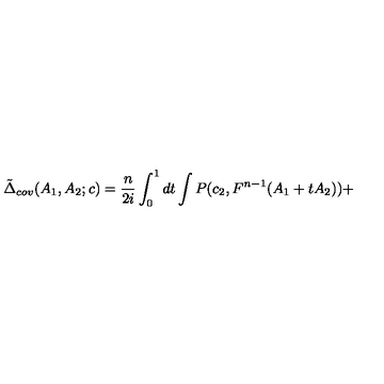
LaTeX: \tilde { \Delta } _ { c o v } ( A _ { 1 } , A _ { 2 } ; c ) = \frac { n } { 2 i } \int _ { 0 } ^ { 1 } d t \int P ( c _ { 2 } , F ^ { n - 1 } ( A _ { 1 } + t A _ { 2 } ) ) +